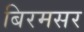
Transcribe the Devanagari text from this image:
बिरमसर